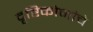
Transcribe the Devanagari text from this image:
दृष्टिकोनांचे